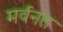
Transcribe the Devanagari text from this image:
मर्वनत